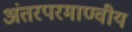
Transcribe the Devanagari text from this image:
अंतरपरमाण्वीय